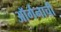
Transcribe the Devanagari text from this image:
ऑर्गनाची